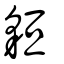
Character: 貆